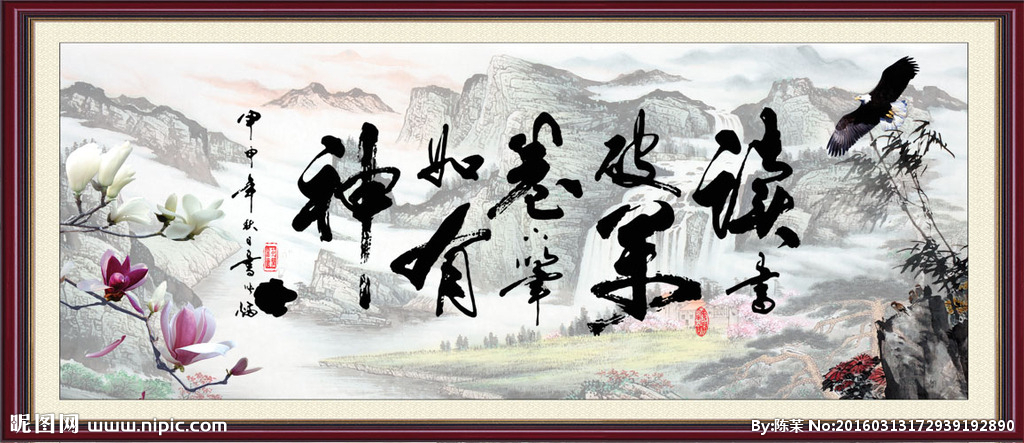
读书破万卷，下笔如有神。